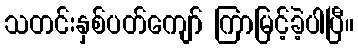
သတင်းနှစ်ပတ်ကျော် ကြာမြင့်ခဲ့ပါပြီ။